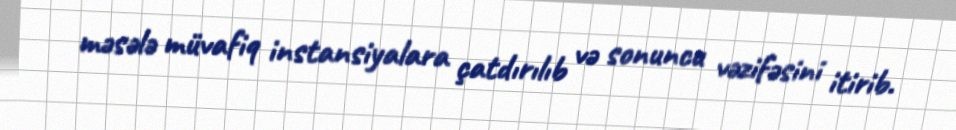
məsələ müvafiq instansiyalara çatdırılıb və sonuncu vəzifəsini itirib.